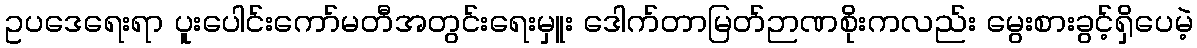
ဥပဒေရေးရာ ပူးပေါင်းကော်မတီအတွင်းရေးမှူး ဒေါက်တာမြတ်ဉာဏစိုးကလည်း မွေးစားခွင့်ရှိပေမဲ့